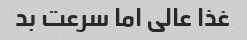
غذا عالی اما سرعت بد